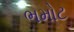
ભમોટ